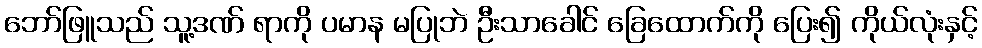
ဘော်ဖြူသည် သူ့ဒဏ် ရာကို ပမာန မပြုဘဲ ဦးသာခေါင် ခြေထောက်ကို ပြေး၍ ကိုယ်လုံးနှင့်